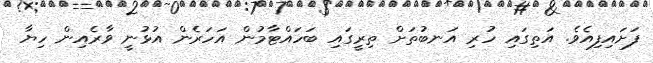
ފަށައިފިއެވެ. އަތިގައި ހުރި އަނބުތަށް ތިރީގައި ބަހައްޓާމުން އަހަރެން އުޅުނީ ވާރެއިން ހިޔާ